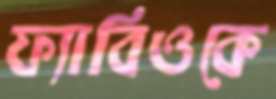
ফ্যাবিওকে